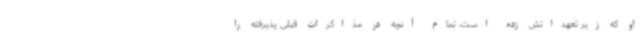
او که زیر تعهداتش زده‌ است، تمام آنچه در مذاکرات قبلی پذیرفته‌ را